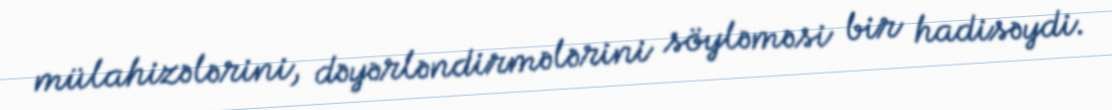
mülahizələrini, dəyərləndirmələrini söyləməsi bir hadisəydi.